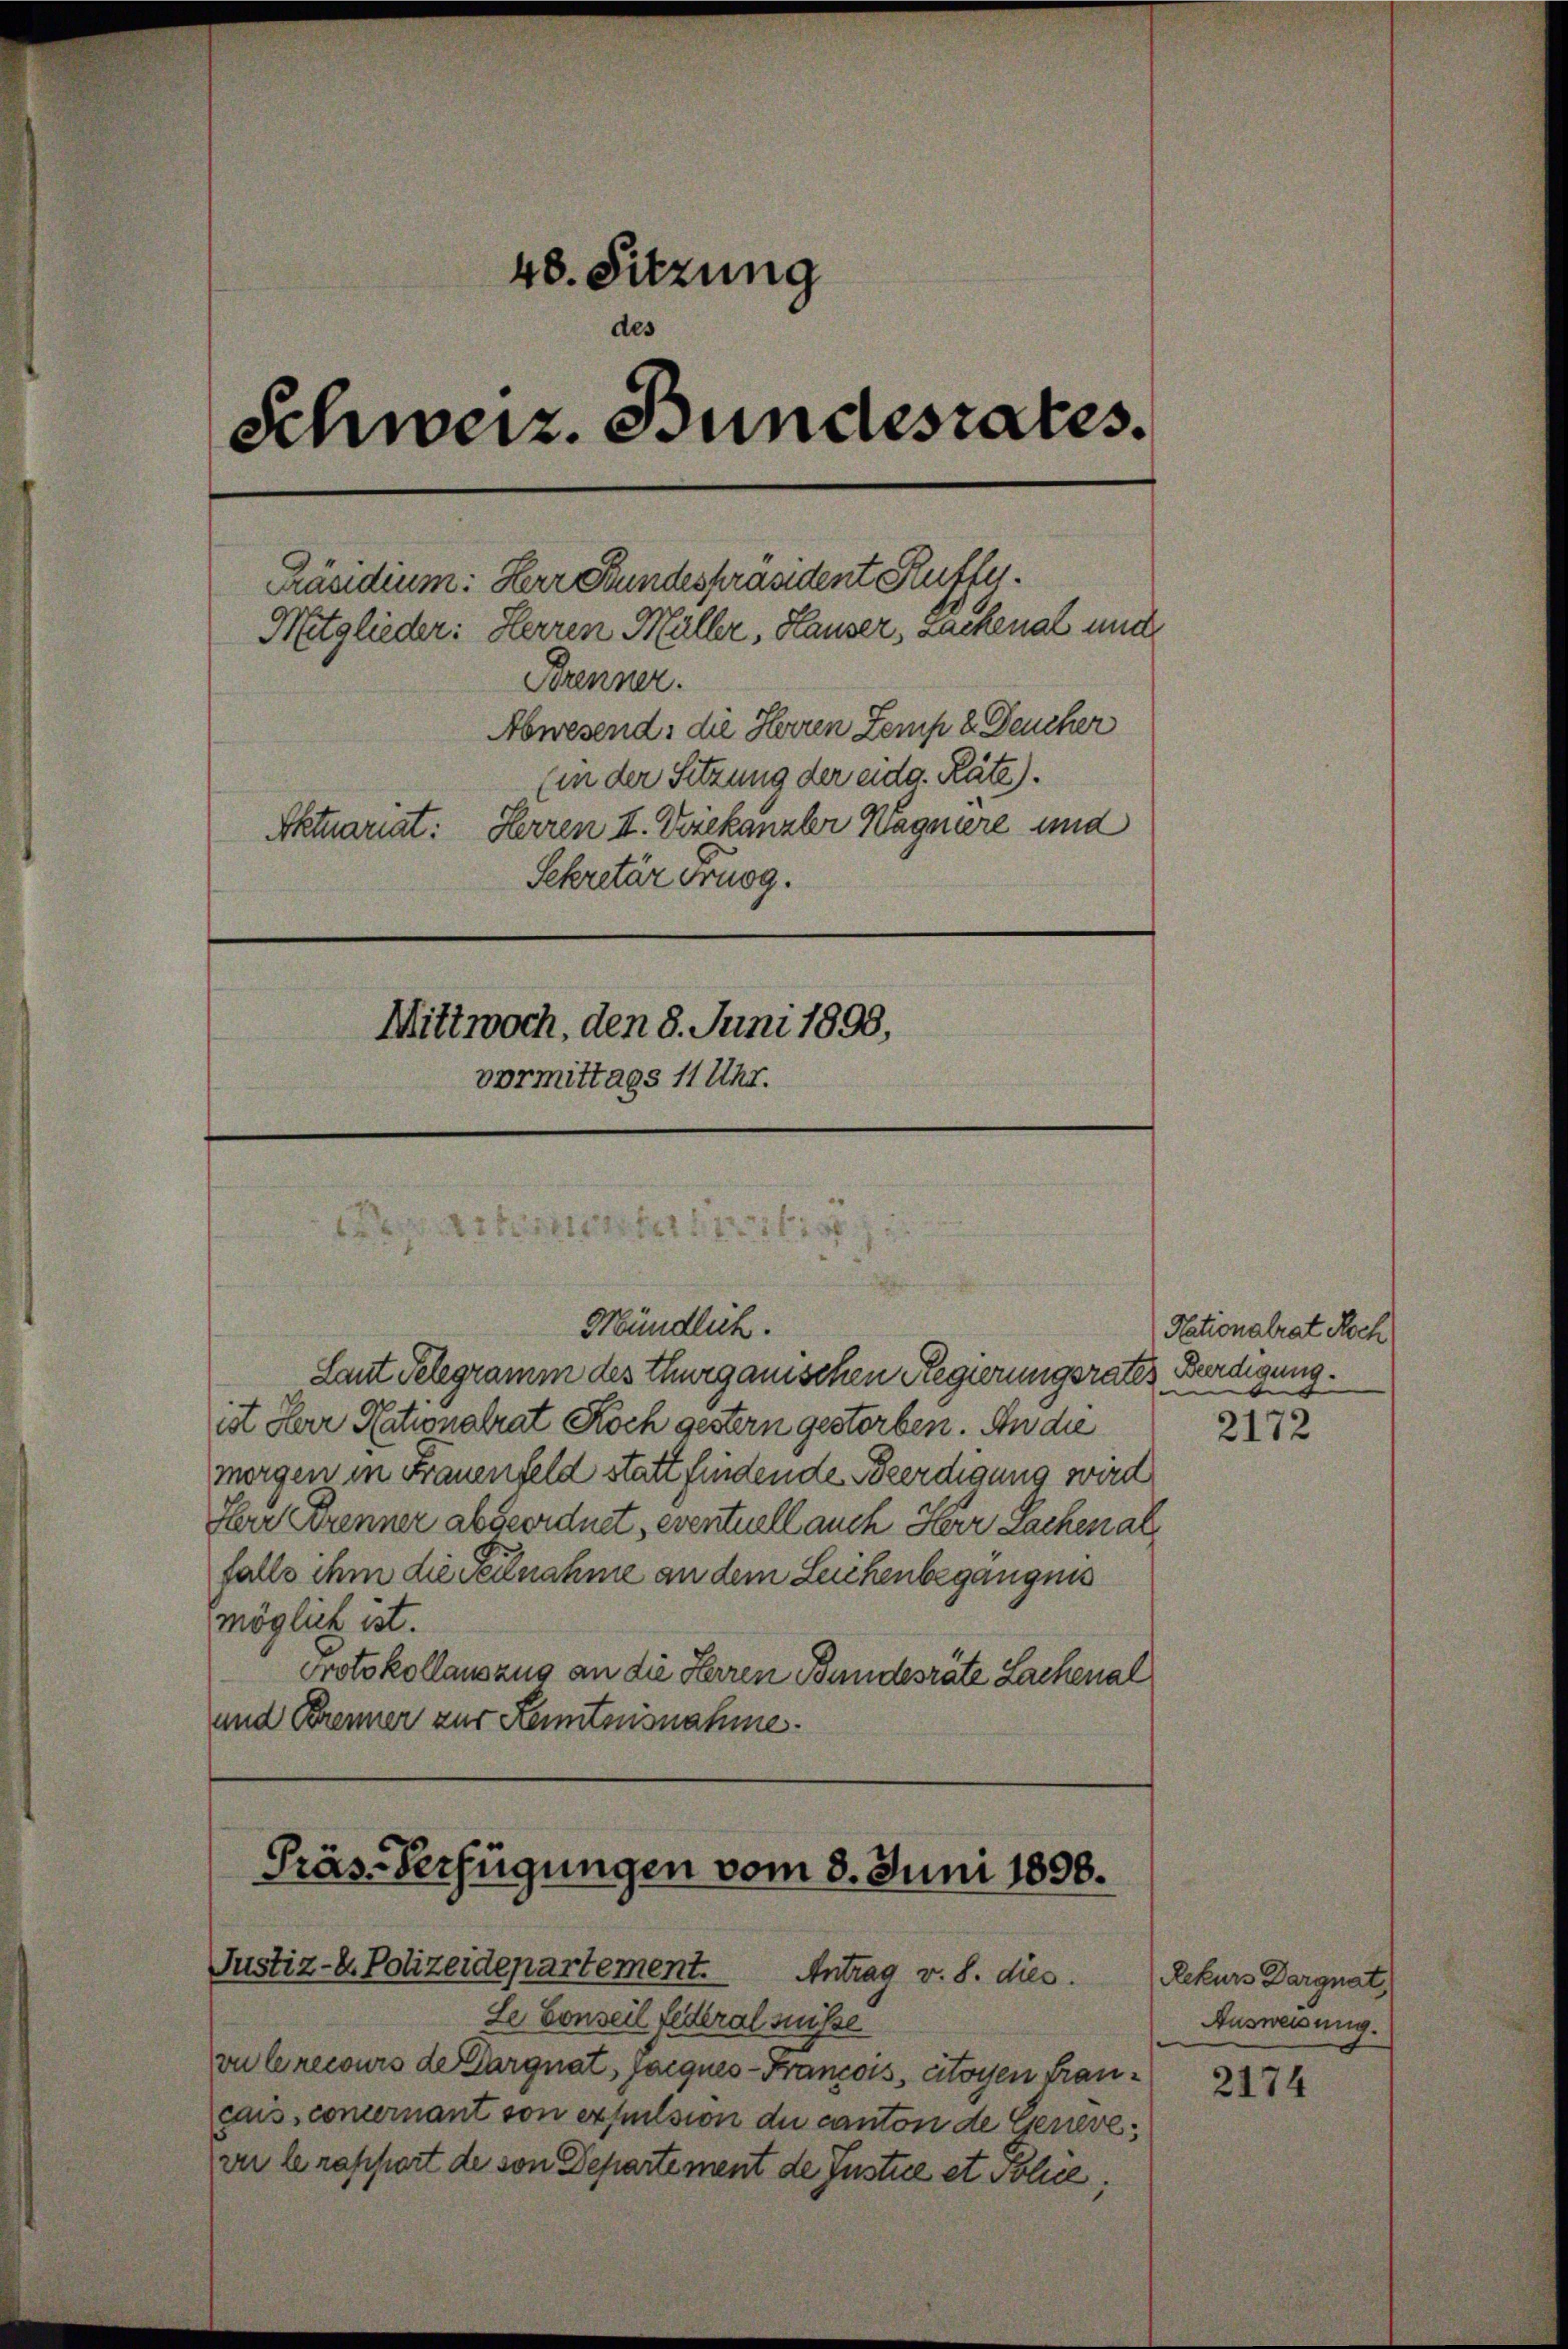
48. Sitzung
des
Schweiz. Bundesrates.
Präsidium: Herr Bundespräsident Ruffy.
Mitglieder: Herren Müller, Hauser, Sachenal und
Brenner.
Abwesend: die Herren Zemp 8. Deucher
Ein der Sitzung der eidg. Räte).
Aktuariat: Herren II. Voiekanzler Wagniere und
Sekretär drung.
Mittwoch, den 8. Juni 1898,
vormittags 11 Uhr.
ebereit

Mündlich.

Laut Telegramm des thurgauischen Regierungsrates Beerdigung.
ist Herr Nationalrat Koch gestern gestorben. An die
morgen in Frauenfeld statt findende Beerdigung wird
Ihr Brenner abgeordnet, eventuell auch Herr Sachen alfalls ihm die Teilnahme an dem Leichenbegangnis
möglich ist.
Protokollauszug an die Herren Bundesräte Lachenal
und Brenner zur Kenntnisnahme.

Präs-Verfügungen vom 8. Juni 1890.
Justiz- u. Polizeidepartement.
Antrag v. 8. dies

Le Conseil federal müsse
vu Crecours de Dargnat, Jacques-Francois, citoyen francais concernant von expulsion du canton de Genevever le rapport de von Departement de Justice et Police

Nationalrat Roch
b

2172

Rekurs Dargnat
Ausweisung.

2174